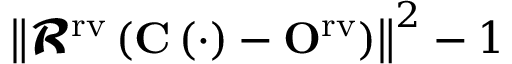
\left\| \mathbfcal { R } ^ { \mathrm { { r v } } } \left( \mathbf { C } \left( \cdot \right) - \mathbf { O } ^ { \mathrm { { r v } } } \right) \right\| ^ { 2 } - 1